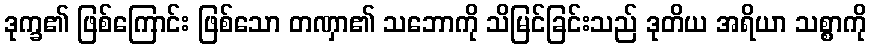
ဒုက္ခ၏ ဖြစ်ကြောင်း ဖြစ်သော တဏှာ၏ သဘောကို သိမြင်ခြင်းသည် ဒုတိယ အရိယာ သစ္စာကို